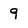
Character: 9